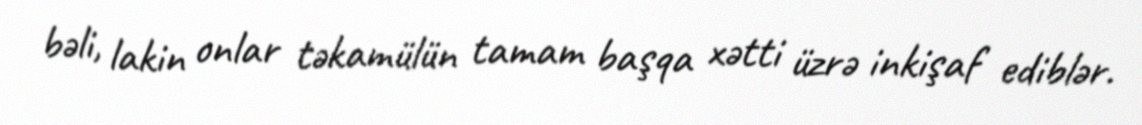
bəli, lakin onlar təkamülün tamam başqa xətti üzrə inkişaf ediblər.